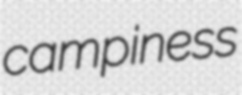
campiness